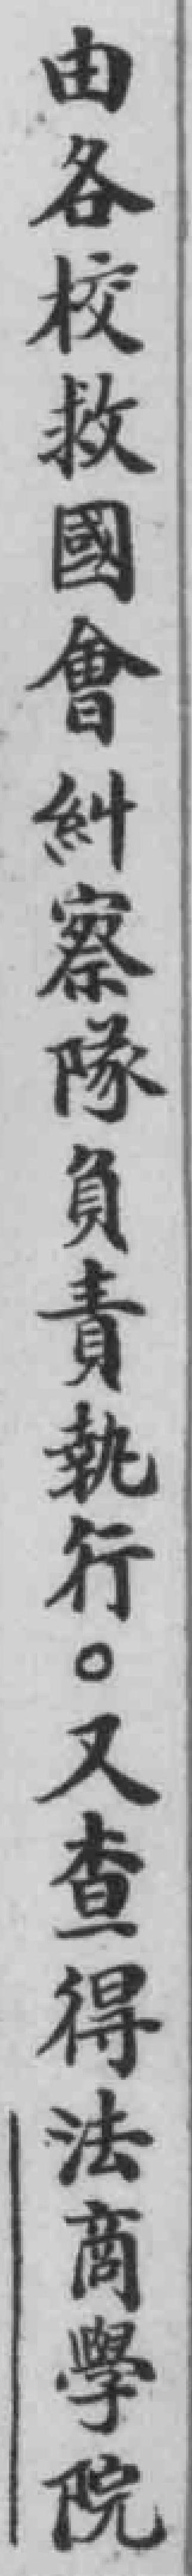
由各校救國會糾察隊負責軌行。又查得法商學院